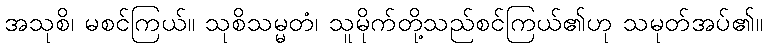
အသုစိ၊ မစင်ကြယ်။ သုစိသမ္မတံ၊ သူမိုက်တို့သည်စင်ကြယ်၏ဟု သမုတ်အပ်၏။